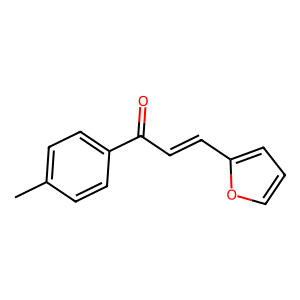
SMILES: Cc1ccc(C(=O)C=Cc2ccco2)cc1
Inhibits HIV replication: No